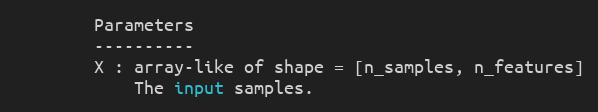
Language: Python
        Parameters
        ----------
        X : array-like of shape = [n_samples, n_features]
            The input samples.